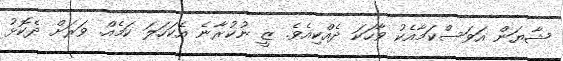
ޝާޔަން އަވަސްކަމާއެކު ވާހަކަ ދެއްކިއެވެ. ޒީ ނުކުރާނެ އެކަހަލަ ކަމެއް. ވަރަށް ދެކޮޅު